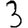
Digit: 3